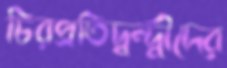
চিরপ্রতিদ্বন্দ্বীদের